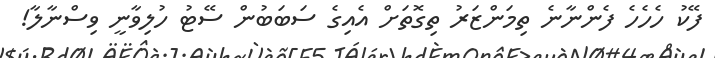
ފޭކު ހެހެހެ ފެންނާނެ ތިމަންޒަރު ތިގޮތަށް އެއިގެ ސަބަބުން ސޭޓު ހުލިވާނީ ވިސްނާލާ!